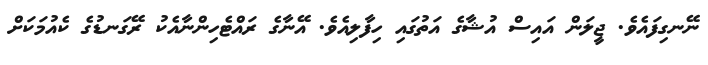
ނޭނގިފައެވެ. ޖީލަން އައިސް އުޝާގެ އަތުގައި ހިފާލިއެވެ. އޭނާގެ ރައްޓެހިންނާއެކު ރޭގަނޑުގެ ކެއުމަކަށް